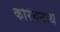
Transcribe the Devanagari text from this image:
कोरंगनाथ